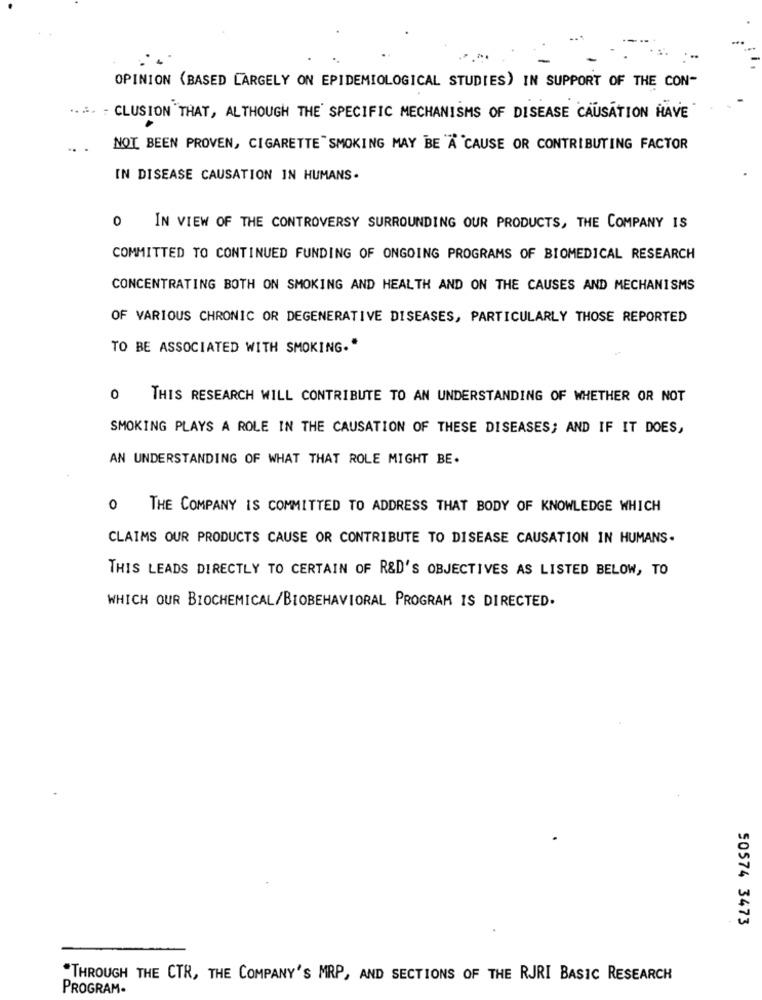
OPINION (BASED LARGELY ON EPIDEMIOLOGICAL STUDIES) IN SUPPORT OF THE CON-
.... - CLUSION THAT, ALTHOUGH THE' SPECIFIC MECHANISMS OF DISEASE CAUSATION HAVE
NOT BEEN PROVEN, CIGARETTE SMOKING MAY BE A CAUSE OR CONTRIBUTING FACTOR
IN DISEASE CAUSATION IN HUMANS.
0 IN VIEW OF THE CONTROVERSY SURROUNDING OUR PRODUCTS, THE COMPANY IS
COMMITTED TO CONTINUED FUNDING OF ONGOING PROGRAMS OF BIOMEDICAL RESEARCH
CONCENTRATING BOTH ON SMOKING AND HEALTH AND ON THE CAUSES AND MECHANISMS
OF VARIOUS CHRONIC OR DEGENERATIVE DISEASES, PARTICULARLY THOSE REPORTED
TO BE ASSOCIATED WITH SMOKING."
0
THIS RESEARCH WILL CONTRIBUTE TO AN UNDERSTANDING OF WHETHER OR NOT
SMOKING PLAYS A ROLE IN THE CAUSATION OF THESE DISEASES; AND IF IT DOES,
AN UNDERSTANDING OF WHAT THAT ROLE MIGHT BE.
0 THE COMPANY IS COMMITTED TO ADDRESS THAT BODY OF KNOWLEDGE WHICH
CLAIMS OUR PRODUCTS CAUSE OR CONTRIBUTE TO DISEASE CAUSATION IN HUMANS.
THIS LEADS DIRECTLY TO CERTAIN OF R&D'S OBJECTIVES AS LISTED BELOW, TO
WHICH OUR BIOCHEMICAL/BIOBEHAVIORAL PROGRAM IS DIRECTED.
50574 3473
"THROUGH THE CTR, THE COMPANY'S MRP, AND SECTIONS OF THE RJRI BASIC RESEARCH
PROGRAM-